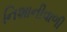
નિશાનીવાળી